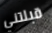
قبلتني